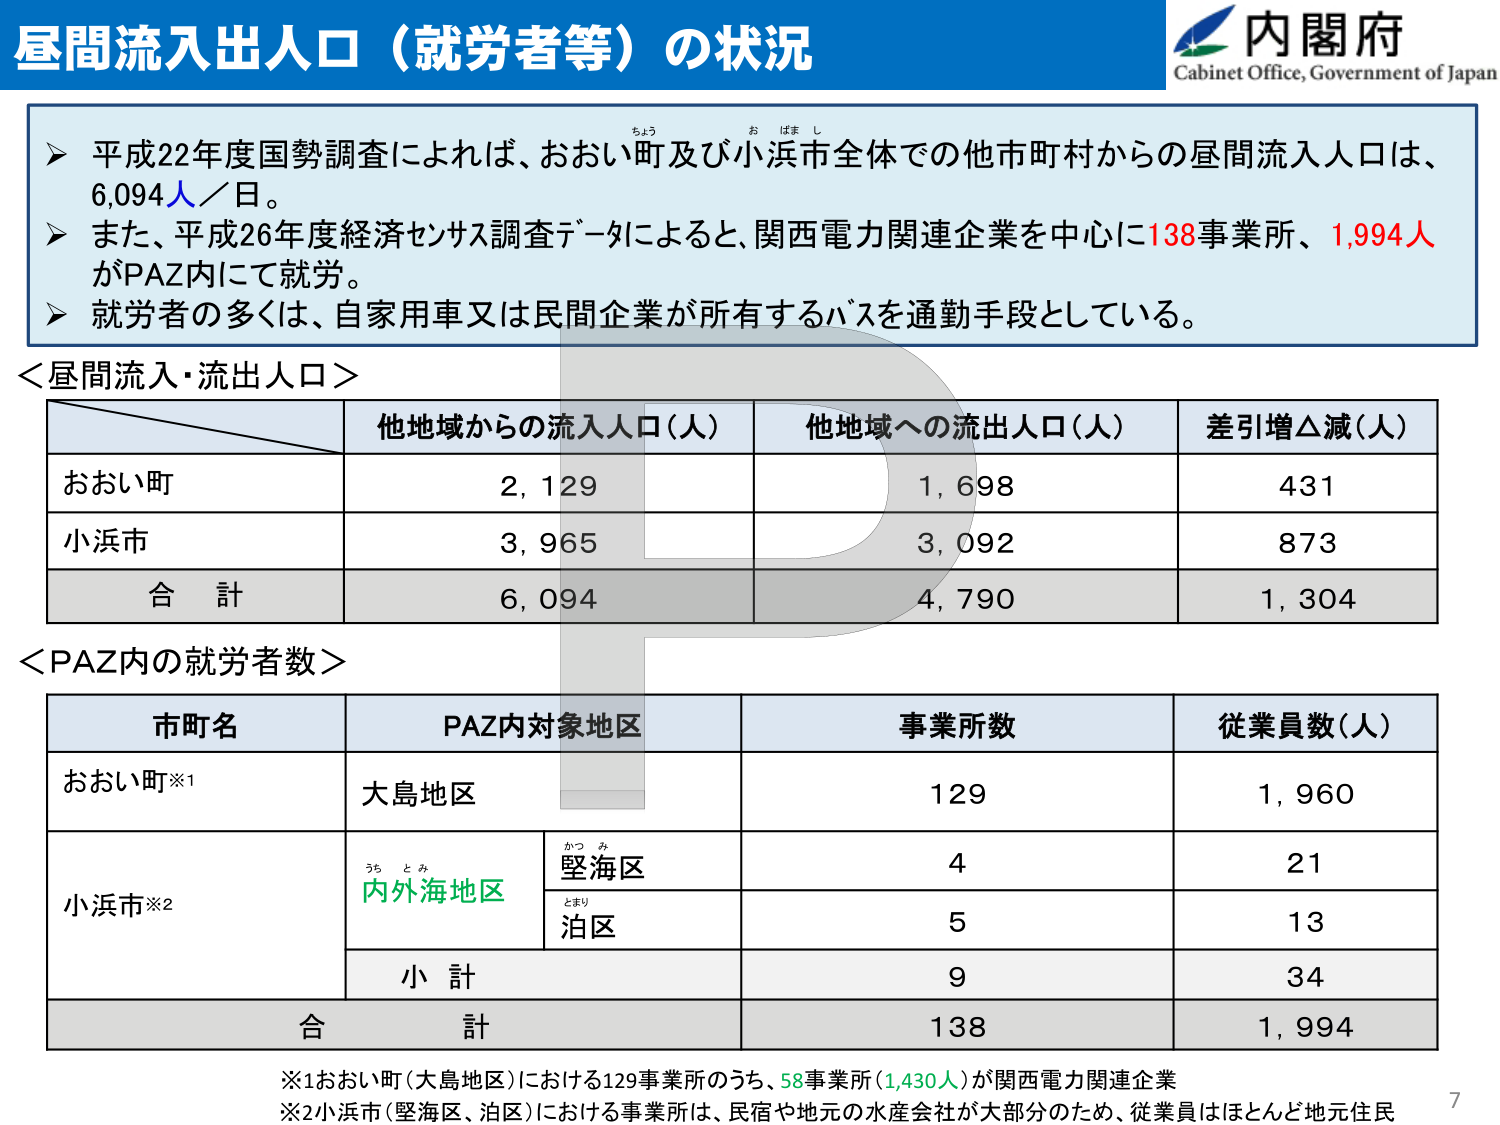
昼間流入出人口（就労者等）の状況

内閣府
Cabinet Office, Government of Japan

▶ 平成22年度国勢調査によれば、おおい町及び小浜市全体での他市町村からの昼間流入人口は、
6,094人／日。

▶ また、平成26年度経済センサス調査データによると、関西電力関連企業を中心に138事業所、1,994人
がPAZ内にて就労。

▶ 就労者の多くは、自家用車又は民間企業が所有するバスを通勤手段としている。

＜昼間流入・流出人口＞
他地域からの流入人口（人） 他地域への流出人口（人） 差引増△減（人）
おおい町 2,129 1,698 431
小浜市 3,965 3,092 873
合計 6,094 4,790 1,304

＜PAZ内の就労者数＞
市町名 PAZ内対象地区 事業所数 従業員数（人）
おおい町※1 大島地区 129 1,960
小浜市※2 内外海地区 堅海区 4 21
泊区 5 13
小計 9 34
合計 138 1,994

※1 おおい町（大島地区）における129事業所のうち、58事業所（1,430人）が関西電力関連企業
※2 小浜市（堅海区、泊区）における事業所は、民宿や地元の水産会社が大部分のため、従業員はほとんど地元住民

7